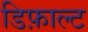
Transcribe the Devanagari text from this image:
डिफ़ाल्ट